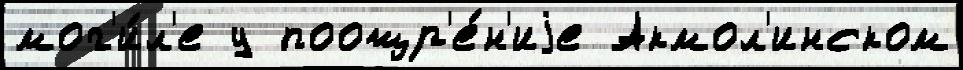
мог'и́л'е у поощр'е́н'иjе Акмол'инском